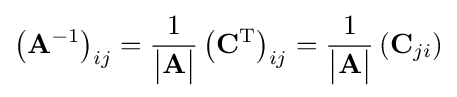
\left(\mathbf {A} ^{-1}\right)_{ij}={1 \over {\begin{vmatrix}\mathbf {A} \end{vmatrix}}}\left(\mathbf {C} ^{\mathrm {T} }\right)_{ij}={1 \over {\begin{vmatrix}\mathbf {A} \end{vmatrix}}}\left(\mathbf {C} _{ji}\right)